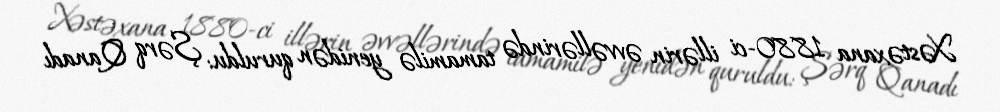
Xəstəxana 1880-ci illərin əvvəllərində tamamilə yenidən quruldu: Şərq Qanadı